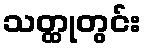
သတ္ထုတွင်း